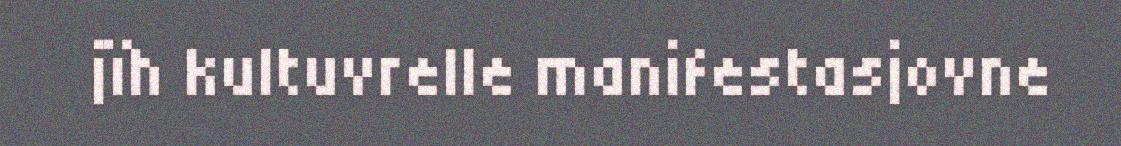
jïh kultuvrelle manifestasjovne